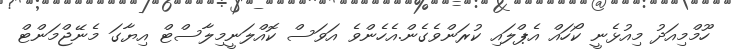
ހޫމްމިއަދު މިއުޅެނީ ކޯހައް އެޕްލައި ކުރަންވެގެން.އެހެންވެ އަވަސް ކޮއްލަނީމިލާސްޓް އިޔާގަ މެނޭޖްމަންޓް